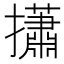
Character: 𢸳